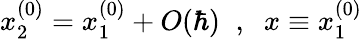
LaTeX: x_{2}^{(0)}=x_{1}^{(0)}+O(\hbar)\; \; ,\; \; x\equiv x_{1}^{(0)}